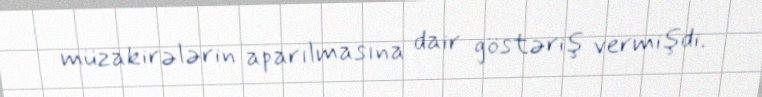
müzakirələrin aparılmasına dair göstəriş vermişdi.